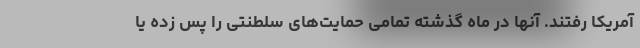
آمریکا رفتند. آنها در ماه گذشته تمامی حمایت‌های سلطنتی را پس زده یا